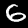
Digit: 6